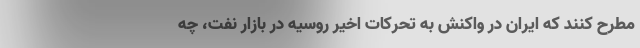
مطرح کنند که ایران در واکنش به تحرکات اخیر روسیه در بازار نفت، چه